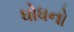
ધોધનો